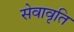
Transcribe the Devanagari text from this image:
सेवावृति